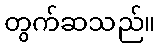
တွက်ဆသည်။